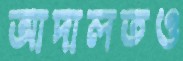
আদালতও